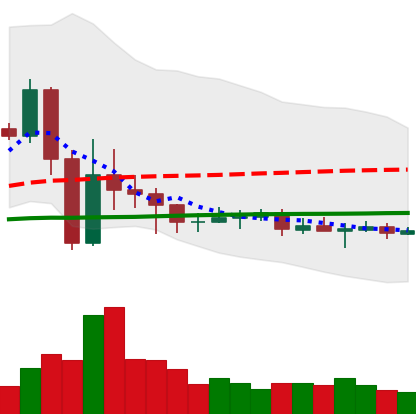
Ticker: EOS-USD
Chart end date: 2020-09-19
Forward return: -6.194%
Label: down_5_7